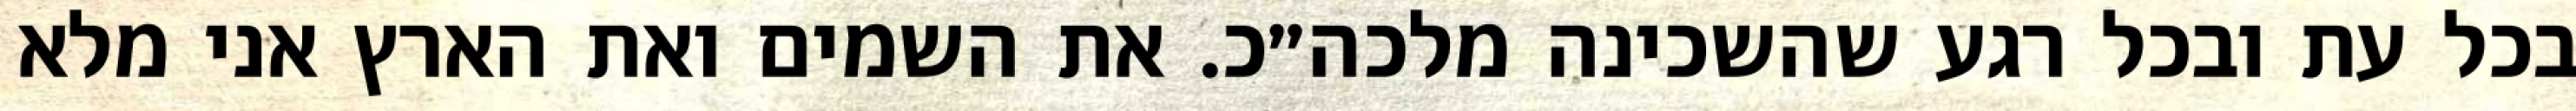
בכל עת ובכל רגע שהשכינה מלכה״כ. את השמים ואת הארץ אני מלא